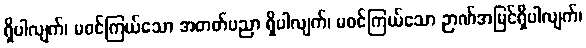
ရှိပါလျက်၊ မစင်ကြယ်သော အတတ်ပညာ ရှိပါလျက်၊ မစင်ကြယ်သော ဉာဏ်အမြင်ရှိပါလျက်၊